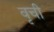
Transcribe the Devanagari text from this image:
वृची